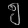
Digit: ၅